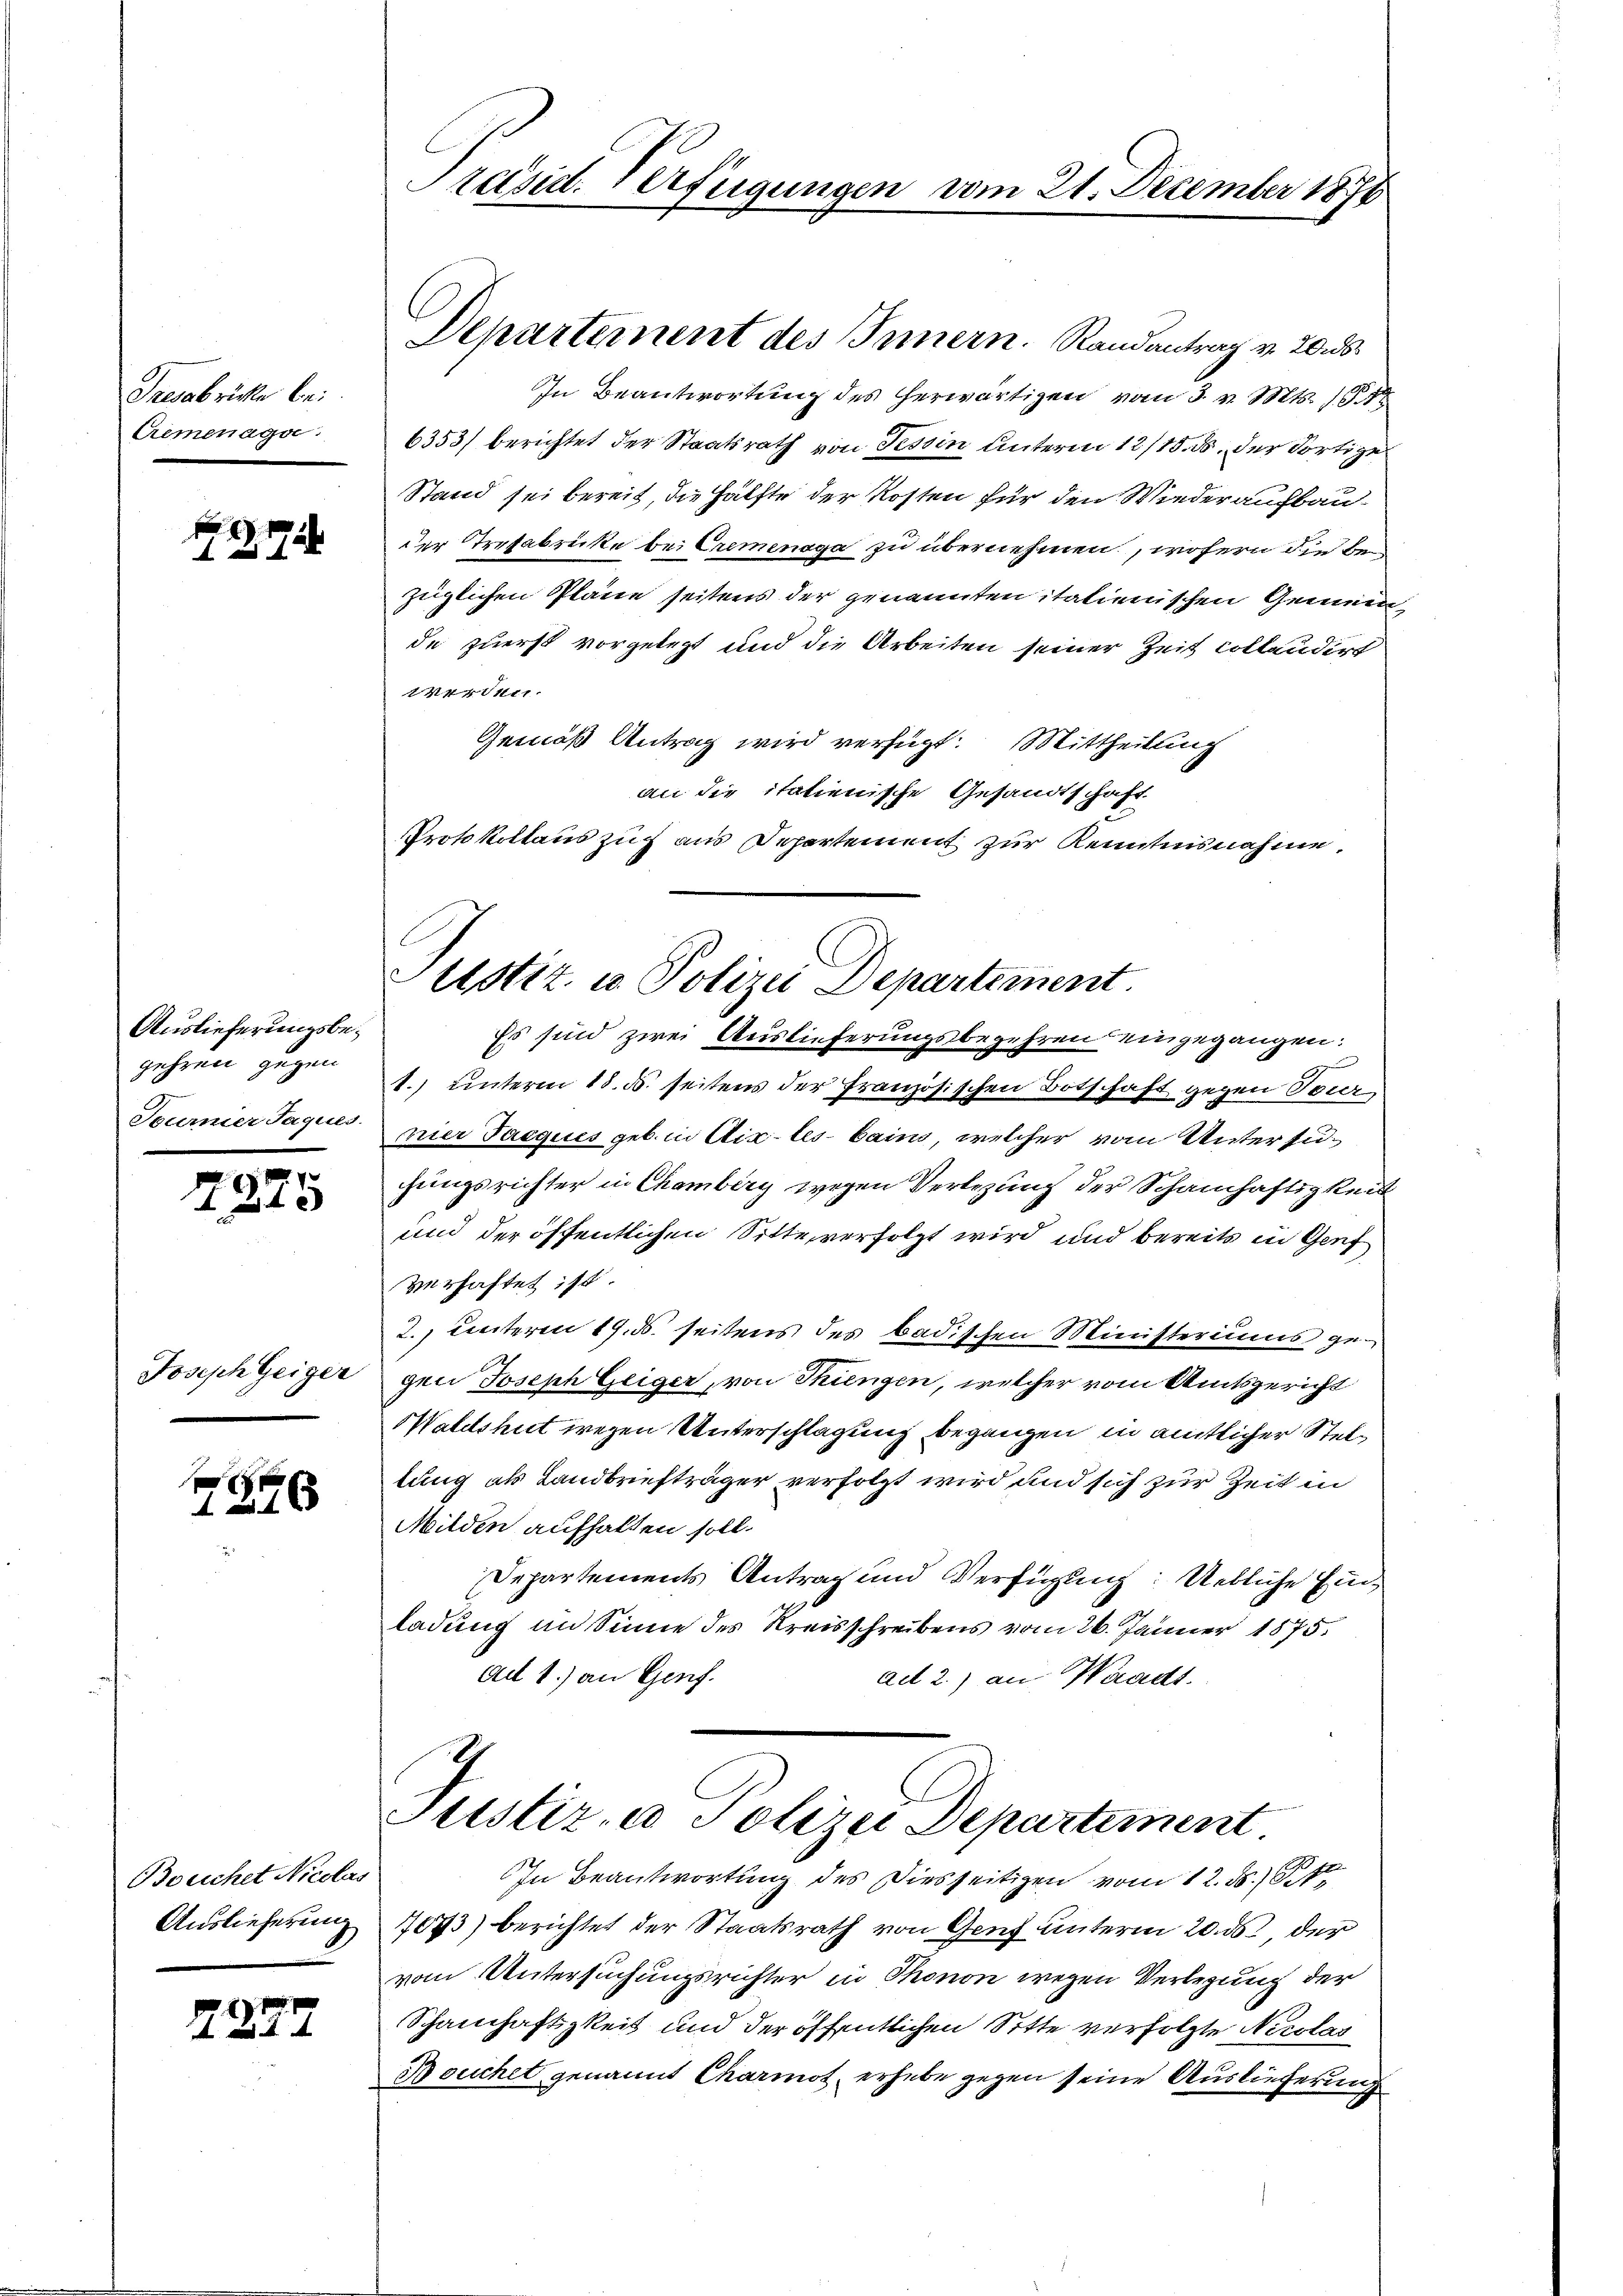
Tresabrichte bei.
Cremenage:

774

Auslieferungsbegehren gegen
Tournier Jaques.

23

25

Joseph Geiger

p
7846

Bouchet Nicolas
Auslieferung

2227

In Beantwortung des herwärtigen vom 3. v. Mts. 118
6353/ berichtet der Staatsrath von Tessin Unterm 12/18. ds. der dortige
Stand sei bereit, die Hälfte der Kosten für den Wiederaufbauder Trefabricke bei Cremensga zu übernehmen, wofern die bezeiglichen Pläne seitens der genannten italienischen Gemeinde zuerst vorgelegt und die Arbeiten seiner Zeit collaudirt
werden.
Gemäß Antrag wird verfügt: Mittheilung
an die italienische Gesandtschaft
Protokollaus zug aus Departement zur Kenntnisnahme,

Präsid. Verfügungen vom 21. December 1870

Departement des Innern. Randantrag v. 20. ds.

Justiz u. Polizei Departement.
Es sind zwei Auslieferungsbegehren eingegangen.

1.) unterm 18. ds. seitens der Französischen Botschaft gegen Tournier Jacques geb. in Aix-les- bain, welcher vom Untersuchungsrichter in Chamberg wegen Verlegung der Schamhaftigkeit
und der öffentlichen Sitte verfolgt wird und bereits in Genf
verhaftet ist.
2. unteren 19. ds. seitens des badischen Ministeriums gegen Joseph Geiger, von Thungen, welcher vom Amtsgericht
Halelshut wegen Unterschlagung begangen in amtlicher Steltung als Landbriefträger verfolgt wird und sich zur Zeit in
Milden aufhalten soll.
Departements Antrag und Verfügung: Uetliche Einladung an Sinne des Kreisschreibens vom 26. Jänner 1875.
Au 1.) an Genf.
ad 2.) an Waadt.

Justiz- & Polizei Departement
In Beantwortung des Diesseitigen vom 12. ds. S. 1

7073) berichtet der Staatsrath von Genf unterm 20. ds. der
vom Untersuchungsrichter in Thonon wegen Verlegung der
Schanhaftigkeit und der öffentlichen Sitte verfolgte Nicolas
Bouchet genannt Charmot, erhebe gegen seine Auslieferung